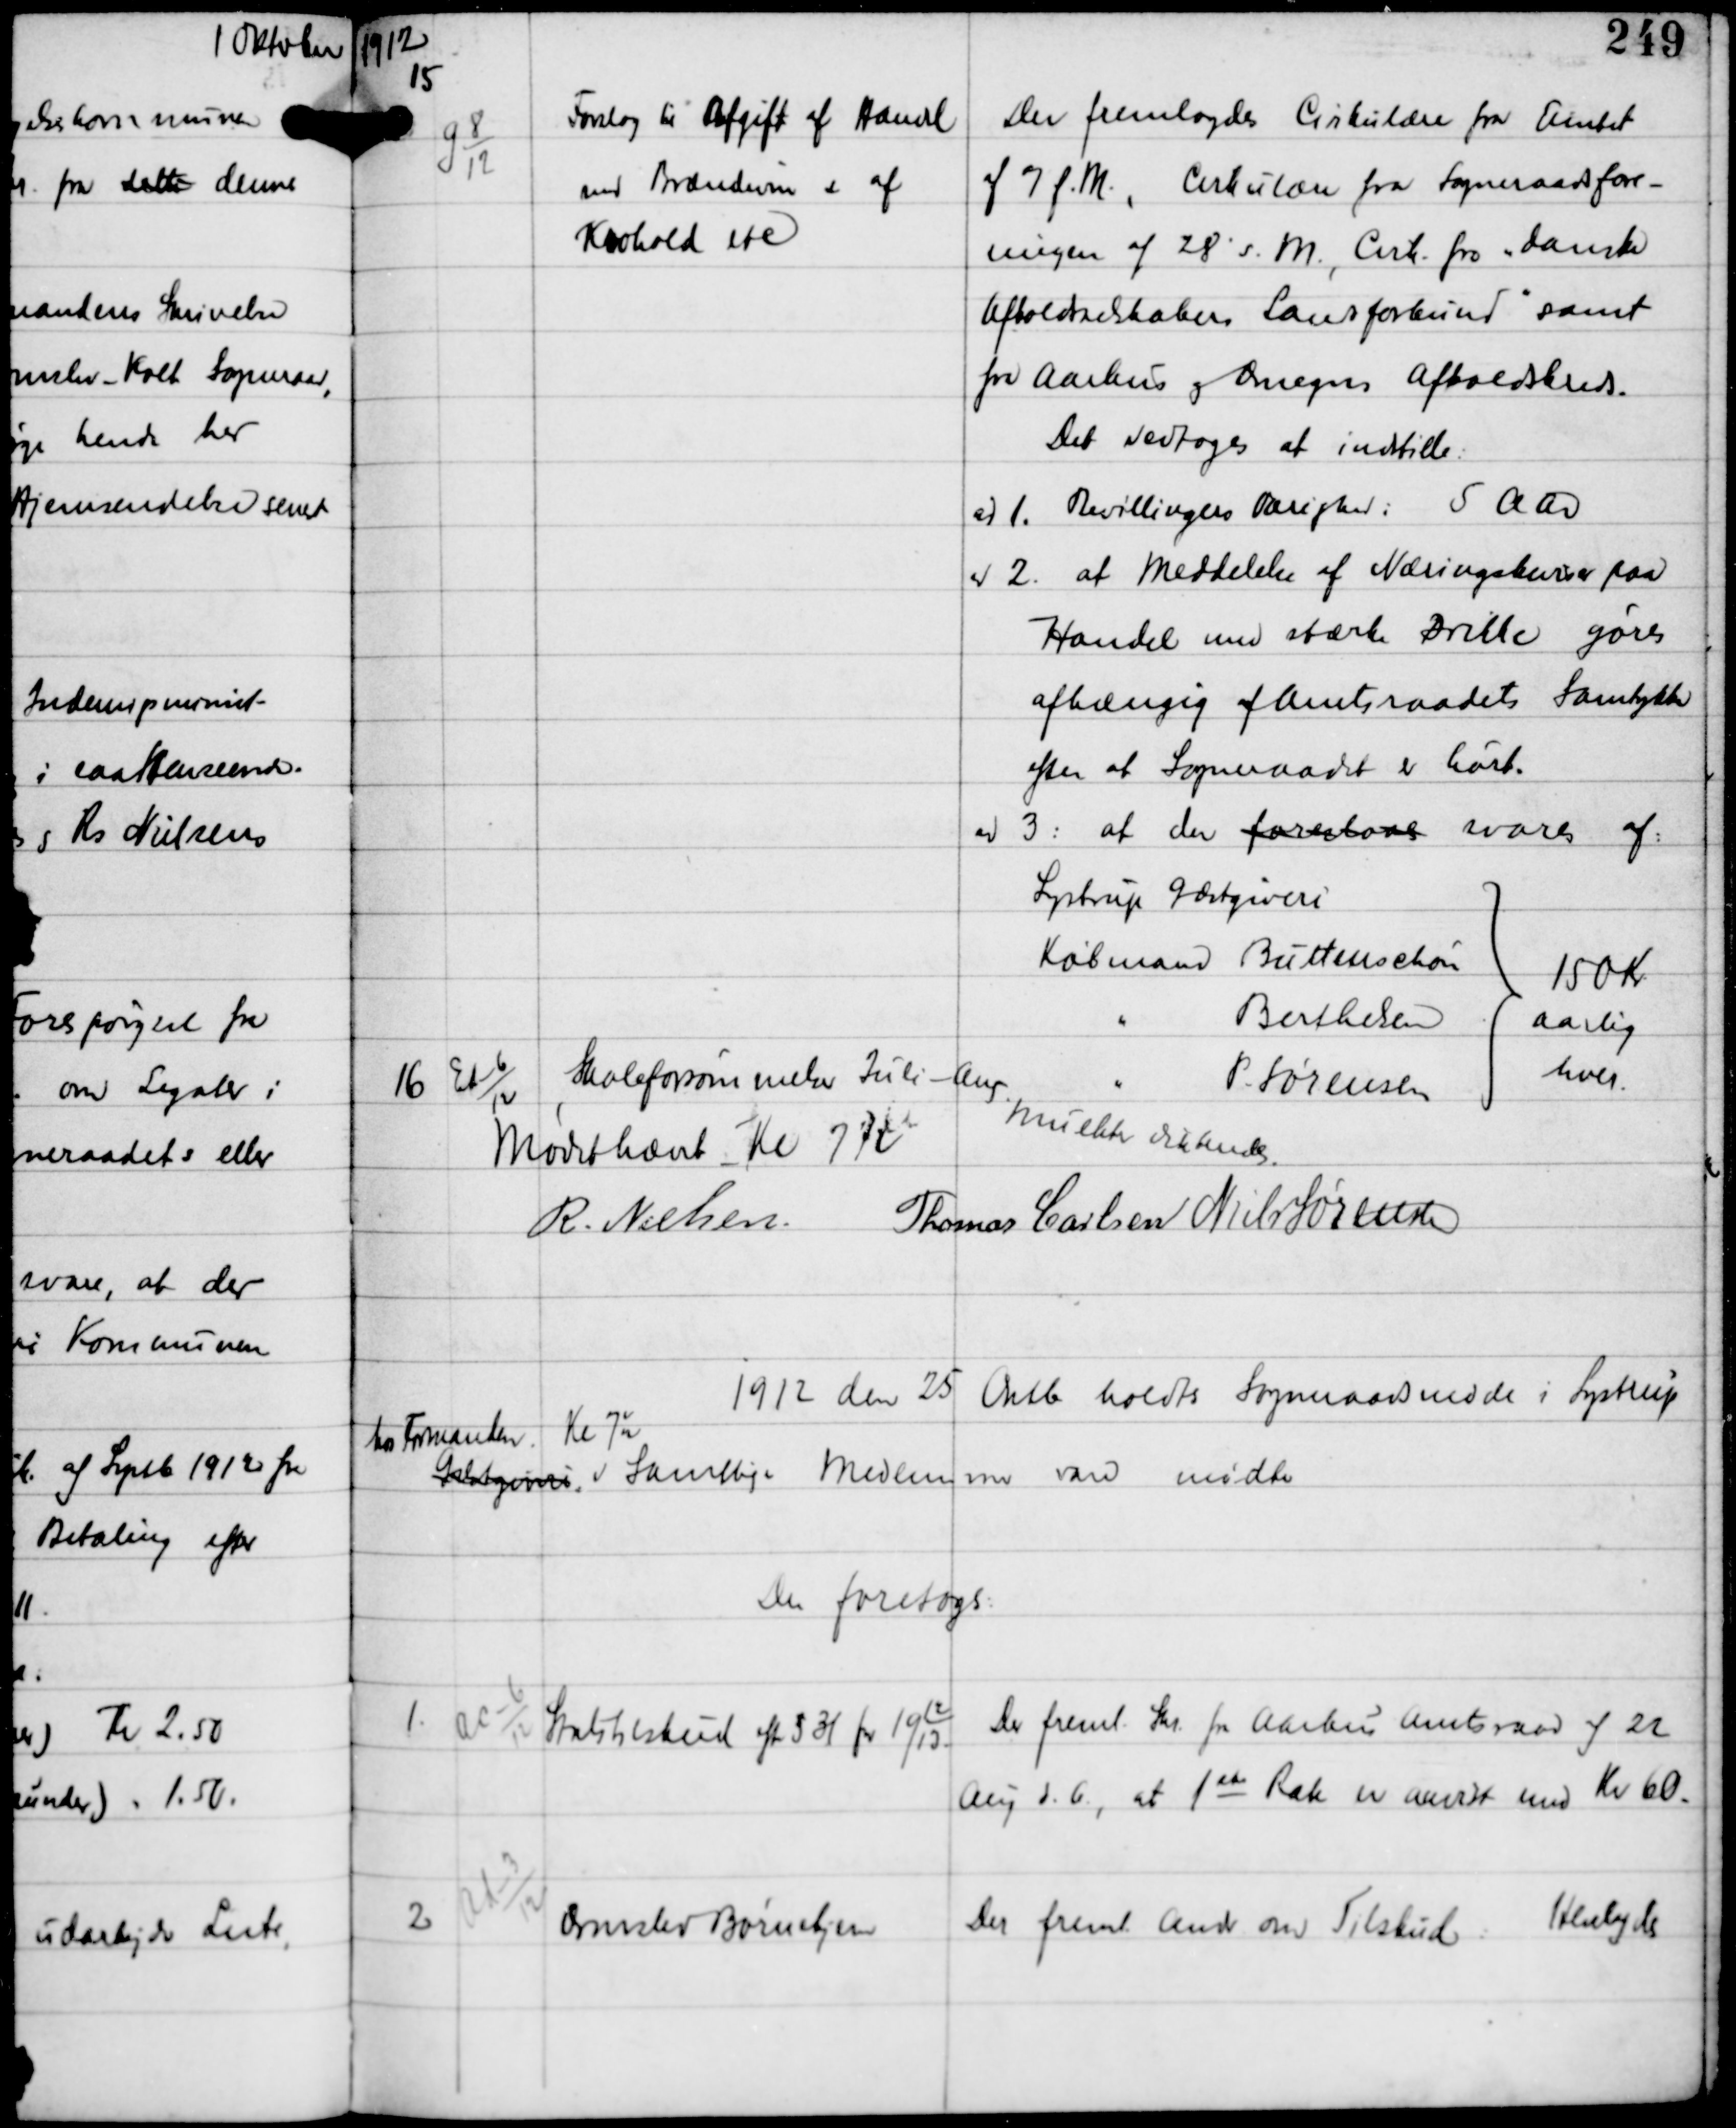
Transskription:
1912

15

G 8
12

Forslag til Afgift af Handel
med Brændevin og af
Krohold etc

Der fremlagdes Cirkulære fra Amtet
af 7 f.M., Cirkulære fra Sogneraadsfore-
ningen af 28' s.M., Cirk fra "danske
Afholdsselskabers Landsforbund" samt
fra Aarhus og Omegns Afholdskreds.
Det vedtoges at indstille:

ad 1. Bevillingers varighed: 5 Aar
ad 2. at Meddelelse af Næringsbeviser paa
Handel med stærke Drikke gøres
afhængig af Amtsraadets Samtykke
efter at Sogneraadet er hørt.
ad 3. at den foreslaaes svares af
Lystrup Gæstgiveri
Købmand Buttenschøn
" Berthelsen
" P. Sørensen
150 Kr
aarlig
hver

16

Ed-6
12

Skoleforsømmelser Juli - Aug

Mulkter dikteredes.

Mødet hævet Kl 7½

R Nielsen Thomas Carlsen Niels Sørensen

1912 den 25 Oktb holdtes Sogneraadsmøde i Lystrup
Gæstgiveri
hos Formanden
Kl 7½
Samtlige Medlemmer vare mødte
Der foretoges

1.

Ac-6
12

Statstilskud efter §31 for 19
12
13

Der fremlagdes Skr fra Aarhus Amtsraad af 22
Aug d. 6, at 1st Rate er anvist med Kr 60.

2

Ad-3
12

Ormslev Børnehjem

Der fremlagdes Andr om Tilskud.
Henlagdes